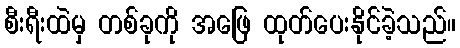
စီးရီးထဲမှ တစ်ခုကို အဖြေ ထုတ်ပေးနိုင်ခဲ့သည်။